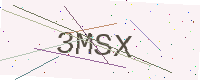
Text: 3MSX